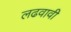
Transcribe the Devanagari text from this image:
लढवावी